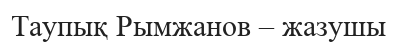
Таупық Рымжанов – жазушы